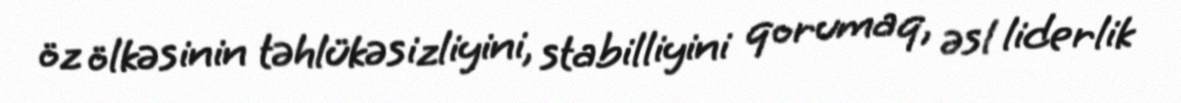
öz ölkəsinin təhlükəsizliyini, stabilliyini qorumaq, əsl liderlik